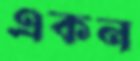
একন